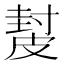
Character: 𥀂